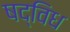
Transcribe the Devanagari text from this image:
षद्विध